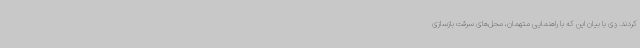
کردند. وی با بیان این که با راهنمایی متهمان، محل‌های سرقت بازسازی